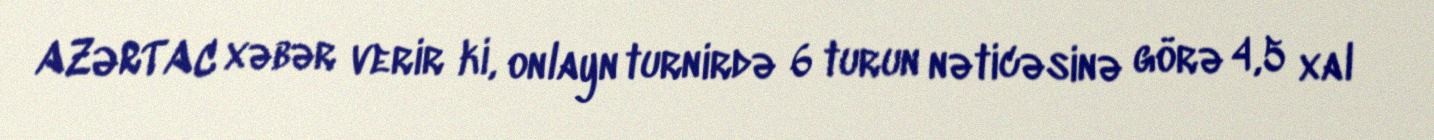
AZƏRTAC xəbər verir ki, onlayn turnirdə 6 turun nəticəsinə görə 4,5 xal